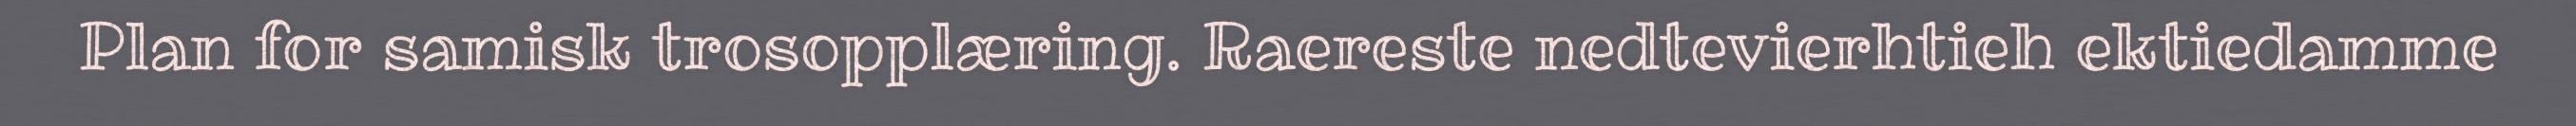
Plan for samisk trosopplæring. Raereste nedtevierhtieh ektiedamme